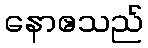
နောဧသည်